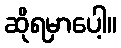
ဆိုရမှာပေါ့။